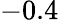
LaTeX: -0.4